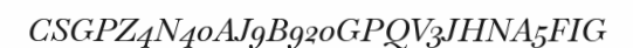
CSGPZ4N40AJ9B920GPQV3JHNA5FIG